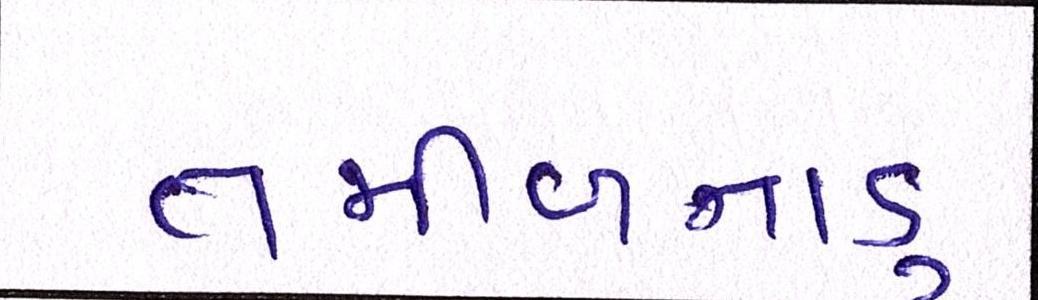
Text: તમીળનાડુ